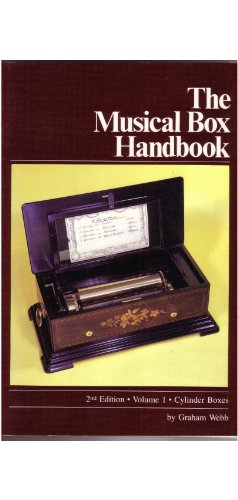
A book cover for The Musical Box Handbook: Vol 1: Cylinder Boxes (2nd Edition); Graham Webb; Crafts, Hobbies & Home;